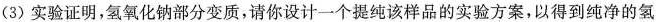
(3)实验证明，氢氧化钠部分变质，请你设计一个提纯该样品的实验方案，以得到纯净的氢